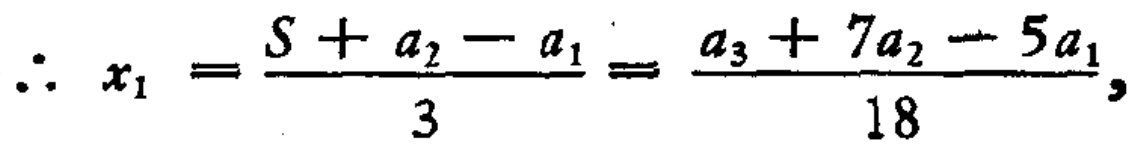
\(\therefore x_{1}=\frac{S + a_{2}-a_{1}}{3}=\frac{a_{3}+7a_{2}-5a_{1}}{18},\)